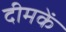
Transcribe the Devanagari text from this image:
दीमकें